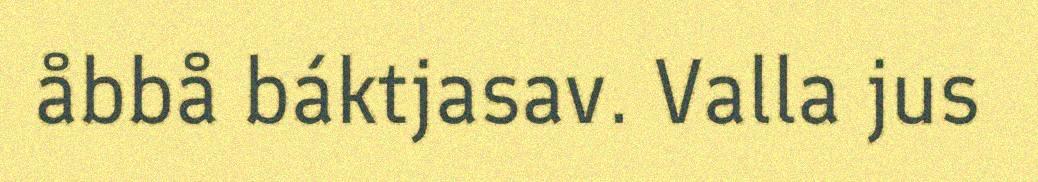
åbbå báktjasav. Valla jus